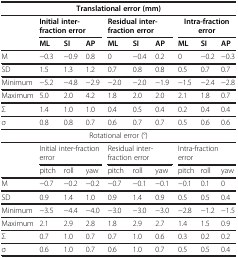
<table><thead><tr><td colspan="10"><b>Translational error (mm)</b></td></tr><tr><td rowspan="2"><b> </b></td><td colspan="3"><b>Initial inter-fraction error</b></td><td colspan="3"><b>Residual inter-fraction error</b></td><td colspan="3"><b>Intra-fraction error</b></td></tr><tr><td><b>ML</b></td><td><b>SI</b></td><td><b>AP</b></td><td><b>ML</b></td><td><b>SI</b></td><td><b>AP</b></td><td><b>ML</b></td><td><b>SI</b></td><td><b>AP</b></td></tr></thead><tbody><tr><td>M</td><td>−0.3</td><td>−0.9</td><td>0.8</td><td>0</td><td>−0.4</td><td>0.2</td><td>0</td><td>−0.2</td><td>−0.3</td></tr><tr><td>SD</td><td>1.5</td><td>1.3</td><td>1.2</td><td>0.7</td><td>0.8</td><td>0.8</td><td>0.5</td><td>0.7</td><td>0.7</td></tr><tr><td>Minimum</td><td>−5.2</td><td>−4.8</td><td>−2.9</td><td>−2.0</td><td>−2.0</td><td>−1.9</td><td>−1.5</td><td>−2.4</td><td>−2.8</td></tr><tr><td>Maximum</td><td>5.0</td><td>2.0</td><td>4.2</td><td>1.8</td><td>2.0</td><td>2.0</td><td>2.1</td><td>1.8</td><td>0.7</td></tr><tr><td>Σ</td><td>1.4</td><td>1.0</td><td>1.0</td><td>0.4</td><td>0.5</td><td>0.4</td><td>0.2</td><td>0.4</td><td>0.4</td></tr><tr><td>σ</td><td>0.8</td><td>0.8</td><td>0.7</td><td>0.6</td><td>0.7</td><td>0.7</td><td>0.5</td><td>0.6</td><td>0.6</td></tr><tr><td colspan="10">Rotational error (°)</td></tr><tr><td rowspan="2"> </td><td colspan="3">Initial inter-fraction error</td><td colspan="3">Residual inter-fraction error</td><td colspan="3">Intra-fraction error</td></tr><tr><td>pitch</td><td>roll</td><td>yaw</td><td>pitch</td><td>roll</td><td>yaw</td><td>pitch</td><td>roll</td><td>yaw</td></tr><tr><td>M</td><td>−0.7</td><td>−0.2</td><td>−0.2</td><td>−0.7</td><td>−0.1</td><td>−0.1</td><td>−0.1</td><td>0.1</td><td>0</td></tr><tr><td>SD</td><td>0.9</td><td>1.4</td><td>1.0</td><td>0.9</td><td>1.4</td><td>0.9</td><td>0.5</td><td>0.5</td><td>0.4</td></tr><tr><td>Minimum</td><td>−3.5</td><td>−4.4</td><td>−4.0</td><td>−3.0</td><td>−3.0</td><td>−3.0</td><td>−2.8</td><td>−1.2</td><td>−1.5</td></tr><tr><td>Maximum</td><td>2.1</td><td>2.9</td><td>2.8</td><td>1.8</td><td>2.9</td><td>2.7</td><td>1.4</td><td>1.5</td><td>0.9</td></tr><tr><td>Σ</td><td>0.7</td><td>1.0</td><td>0.7</td><td>0.7</td><td>1.0</td><td>0.6</td><td>0.3</td><td>0.2</td><td>0.2</td></tr><tr><td>σ</td><td>0.6</td><td>1.0</td><td>0.7</td><td>0.6</td><td>1.0</td><td>0.7</td><td>0.5</td><td>0.5</td><td>0.4</td></tr></tbody></table>